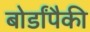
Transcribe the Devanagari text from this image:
बोर्डांपैकी